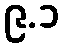
၉.၁